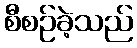
စီစဉ်ခဲ့သည်